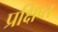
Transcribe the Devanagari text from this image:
प्रक्षिप्‍त